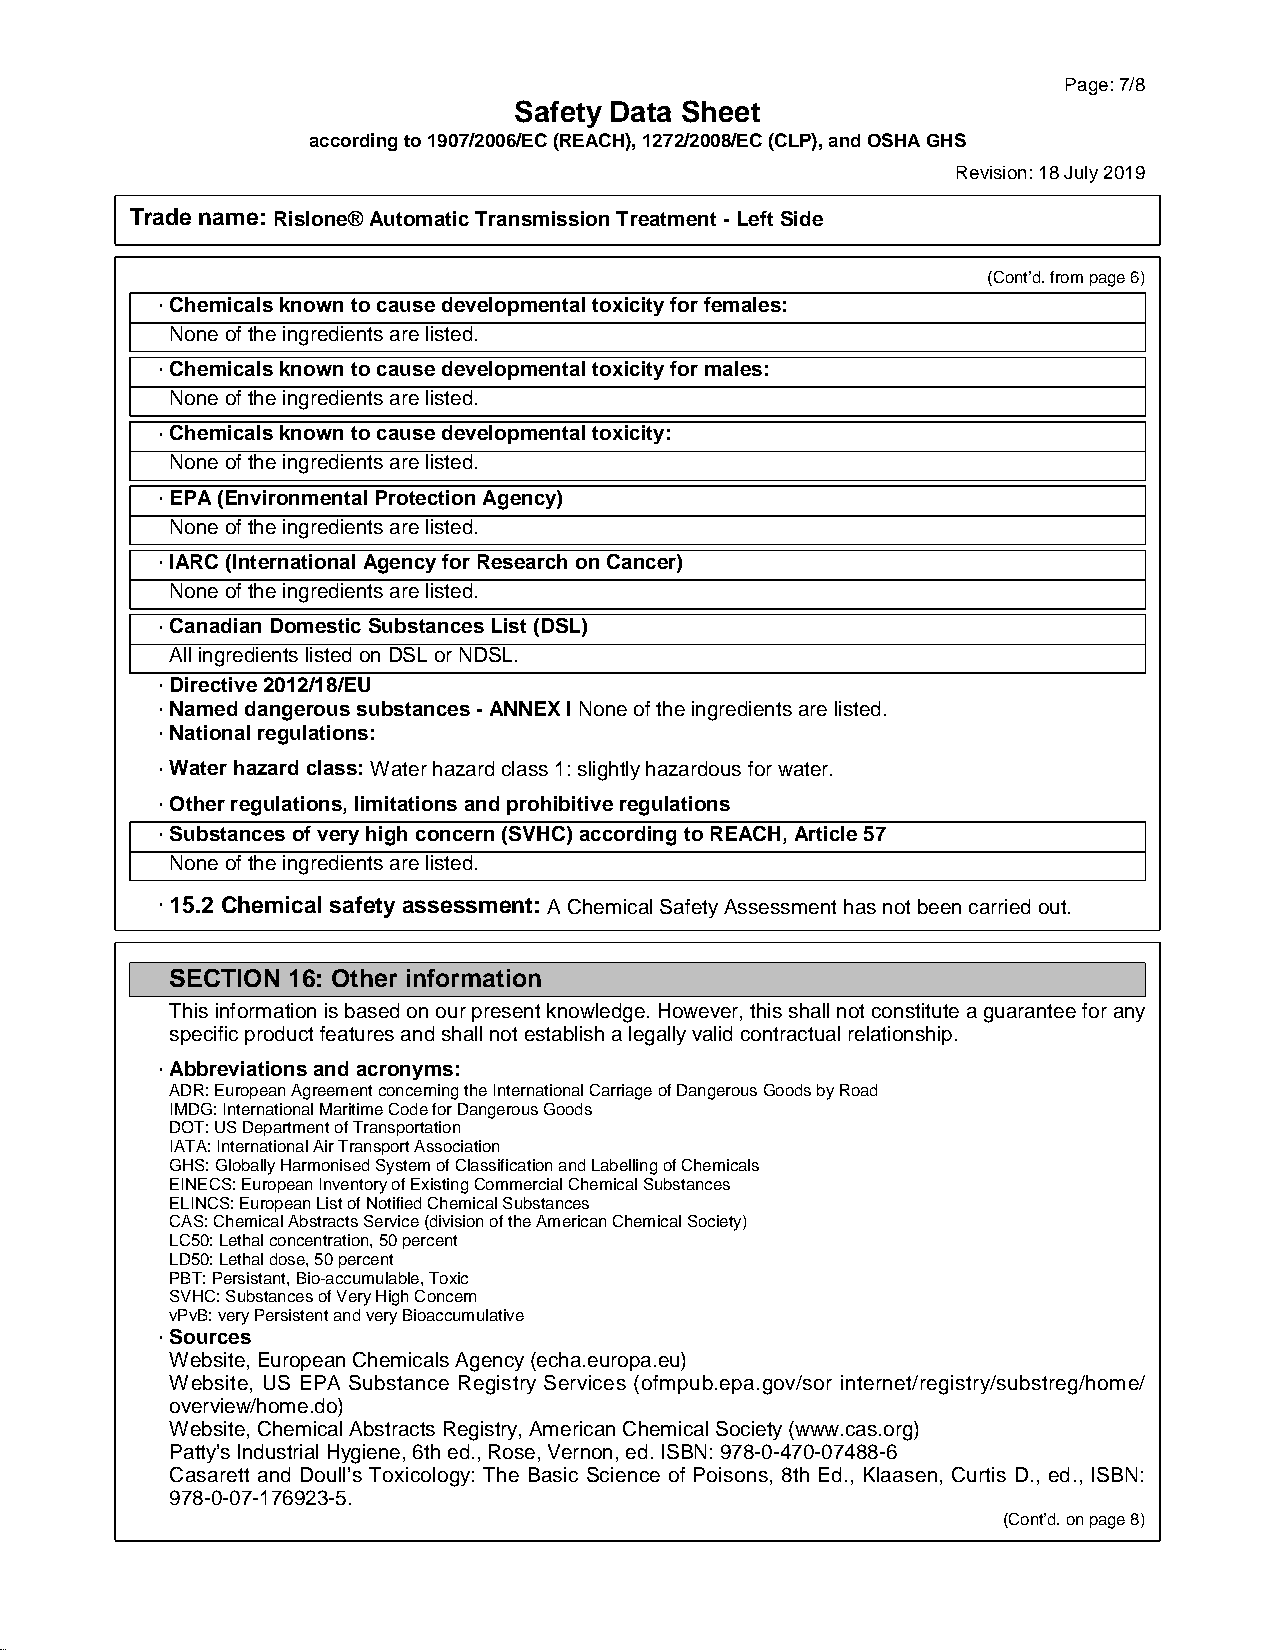
Page:7/8
 Safety Data Sheet
 accordingto1907/2006/EC(REACH),1272/2008/EC(CLP),andOSHAGHS
 Revision:18July2019
 Trade name: Rislone®AutomaticTransmissionTreatment-LeftSide
 (Cont'd.frompage6)
 ·Chemicalsknowntocausedevelopmentaltoxicityforfemales:
 Noneoftheingredientsarelisted.
 ·Chemicalsknowntocausedevelopmentaltoxicityformales:
 Noneoftheingredientsarelisted.
 ·Chemicalsknowntocausedevelopmentaltoxicity:
 Noneoftheingredientsarelisted.
 ·EPA(EnvironmentalProtectionAgency)
 Noneoftheingredientsarelisted.
 ·IARC(InternationalAgencyforResearchonCancer)
 Noneoftheingredientsarelisted.
 ·CanadianDomesticSubstancesList(DSL)
 AllingredientslistedonDSLorNDSL.
 ·Directive2012/18/EU
 ·Nameddangeroussubstances-ANNEXINoneoftheingredientsarelisted.
 ·Nationalregulations:
 ·Waterhazardclass:Waterhazardclass1:slightlyhazardousforwater.
 ·Otherregulations,limitationsandprohibitiveregulations
 ·Substancesofveryhighconcern(SVHC)accordingtoREACH,Article57
 Noneoftheingredientsarelisted.
 ·15.2 Chemical safetyassessment: AChemicalSafetyAssessmenthasnotbeencarriedout.
 SECTION 16: Other information
 Thisinformationisbasedonourpresentknowledge.However,thisshallnotconstituteaguaranteeforany
 specificproductfeaturesandshallnotestablishalegallyvalidcontractualrelationship.
 ·Abbreviationsandacronyms:
 ADR:EuropeanAgreementconcerningtheInternationalCarriageofDangerousGoodsbyRoad
 IMDG:InternationalMaritimeCodeforDangerousGoods
 DOT:USDepartmentofTransportation
 IATA:InternationalAirTransportAssociation
 GHS:GloballyHarmonisedSystemofClassificationandLabellingofChemicals
 EINECS:EuropeanInventoryofExistingCommercialChemicalSubstances
 ELINCS:EuropeanListofNotifiedChemicalSubstances
 CAS:ChemicalAbstractsService(divisionoftheAmericanChemicalSociety)
 LC50:Lethalconcentration,50percent
 LD50:Lethaldose,50percent
 PBT:Persistant,Bio-accumulable,Toxic
 SVHC:SubstancesofVeryHighConcern
 vPvB:veryPersistentandveryBioaccumulative
 ·Sources
 Website,EuropeanChemicalsAgency(echa.europa.eu)
 Website, US EPA Substance Registry Services (ofmpub.epa.gov/sor internet/registry/substreg/home/
 overview/home.do)
 Website,ChemicalAbstractsRegistry,AmericanChemicalSociety(www.cas.org)
 Patty'sIndustrialHygiene,6thed.,Rose,Vernon,ed.ISBN:978-0-470-07488-6
 Casarett and Doull's Toxicology: The Basic Science of Poisons, 8th Ed., Klaasen, Curtis D., ed., ISBN:
 978-0-07-176923-5.
 (Cont'd.onpage8)
 49.0.14